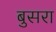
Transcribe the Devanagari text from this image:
बुसरा